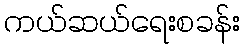
ကယ်ဆယ်ရေးစခန်း